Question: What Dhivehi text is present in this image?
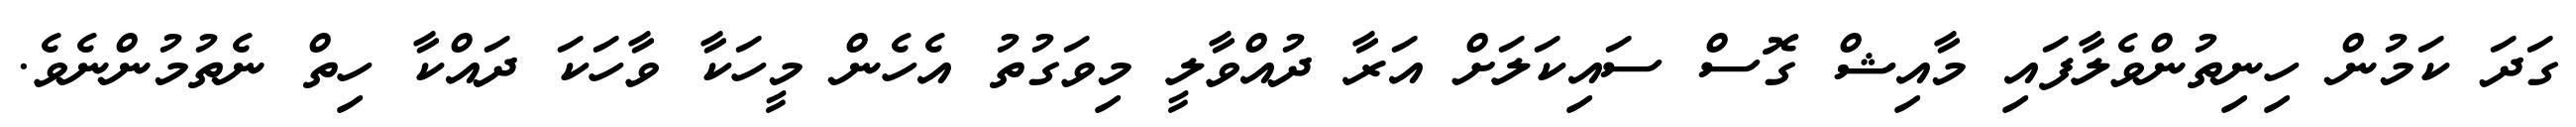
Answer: ގަދަ ކަމުން ހިނިތުންވެލާފައި މާއިޝް ގޮސް ސައިކަލަށް އަރާ ދުއްވާލީ މިވަގުތު އެހެން މީހަކާ ވާހަކަ ދައްކާ ހިތް ނެތުމުންނެވެ.